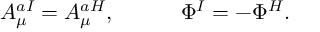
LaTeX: A _ { \mu } ^ { a I } = A _ { \mu } ^ { a H } , \ \ \ \ \ \ \ \ \ \Phi ^ { I } = - \Phi ^ { H } .